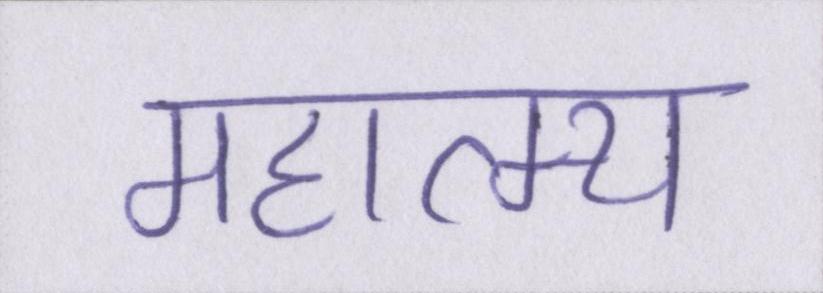
महात्म्य